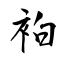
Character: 袙